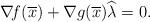
LaTeX: \begin{align*} \nabla\!f(\overline{x})+\nabla g(\overline{x})\widehat{\lambda}=0. \end{align*}